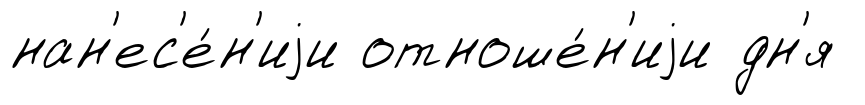
нан'ес'е́н'иjи отноше́н'иjи дн'я